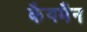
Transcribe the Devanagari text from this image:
कैयमैन